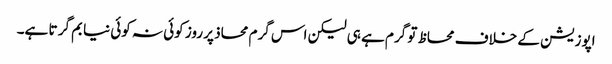
اپوزیشن کے خلاف محاظ تو گرم ہے ہی لیکن اس گرم محاذ پر روز کوئی نہ کوئی نیا بم گر تا ہے۔